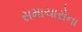
સમાચારોના